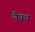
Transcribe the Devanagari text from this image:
नैफ्थ